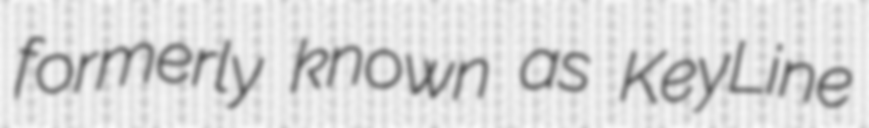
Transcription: formerly known as KeyLine